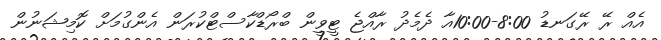
އެއް ރޭ ރޭގަނޑު 8:00-10:00އާ ދެމެދު ރާއްޖެ ޓީވީން ބްރޯޑްކާސްޓްކުރަން އެންގުމަށް ކޮމިޝަނުން